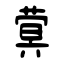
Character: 蓂